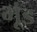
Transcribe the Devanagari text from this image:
भूंड